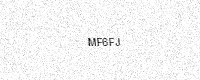
Text: MF6FJ